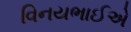
વિનયભાઈએ